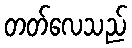
တတ်လေသည်